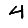
Digit: 4